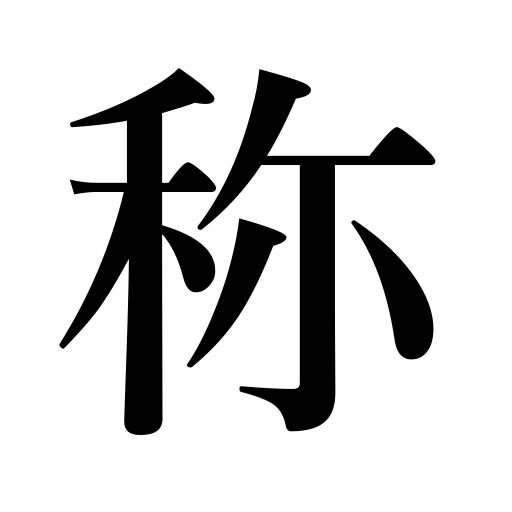
Meanings: title,name,fame,praise